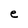
Character: e